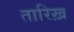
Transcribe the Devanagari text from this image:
तारिख़